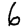
Digit: 6